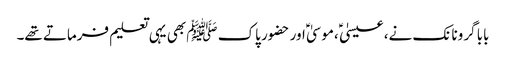
بابا گرونانک نے، عیسیٰ ؑ ،موسیٰ ؑ اور حضور پاک ﷺ بھی یہی تعلیم فرماتے تھے۔